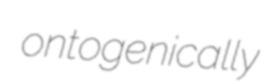
ontogenically